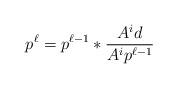
LaTeX: \begin{align*}p^{\ell} = p^{\ell-1} \ast \frac{A^{i}d}{A^{i}p^{\ell-1}} \end{align*}